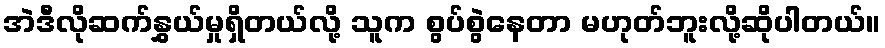
အဲဒီလိုဆက်နွှယ်မှုရှိတယ်လို့ သူက စွပ်စွဲနေတာ မဟုတ်ဘူးလို့ဆိုပါတယ်။